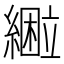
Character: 𰫴